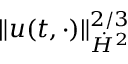
\| u ( t , \cdot ) \| _ { \dot { H } ^ { 2 } } ^ { 2 / 3 }